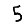
Digit: 5